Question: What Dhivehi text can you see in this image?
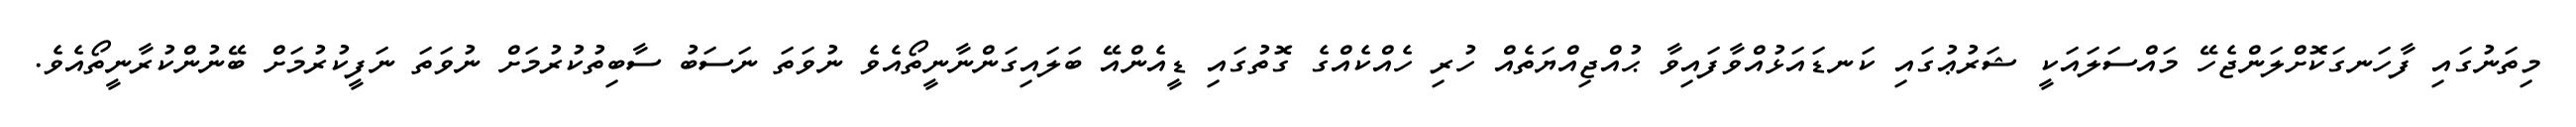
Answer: މިތަނުގައި ފާހަނގަކޮށްލަންޖެހޭ މައްސަލައަކީ ޝަރުޢުގައި ކަނޑައަޅުއްވާފައިވާ ޙުއްޖިއްޔަތެއް ހުރި ހެއްކެއްގެ ގޮތުގައި ޑީއެންއޭ ބަލައިގަންނާނީތޯއެވެ ނުވަތަ ނަސަބު ސާބިތުކުރުމަށް ނުވަތަ ނަފީކުރުމަށް ބޭނުންކުރާނީތޯއެވެ.